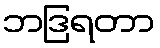
ဘဒြရတာ